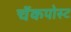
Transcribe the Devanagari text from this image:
चॅकपोस्ट